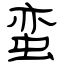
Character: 蛮